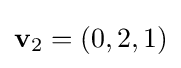
\mathbf {v} _{2}=(0,2,1)